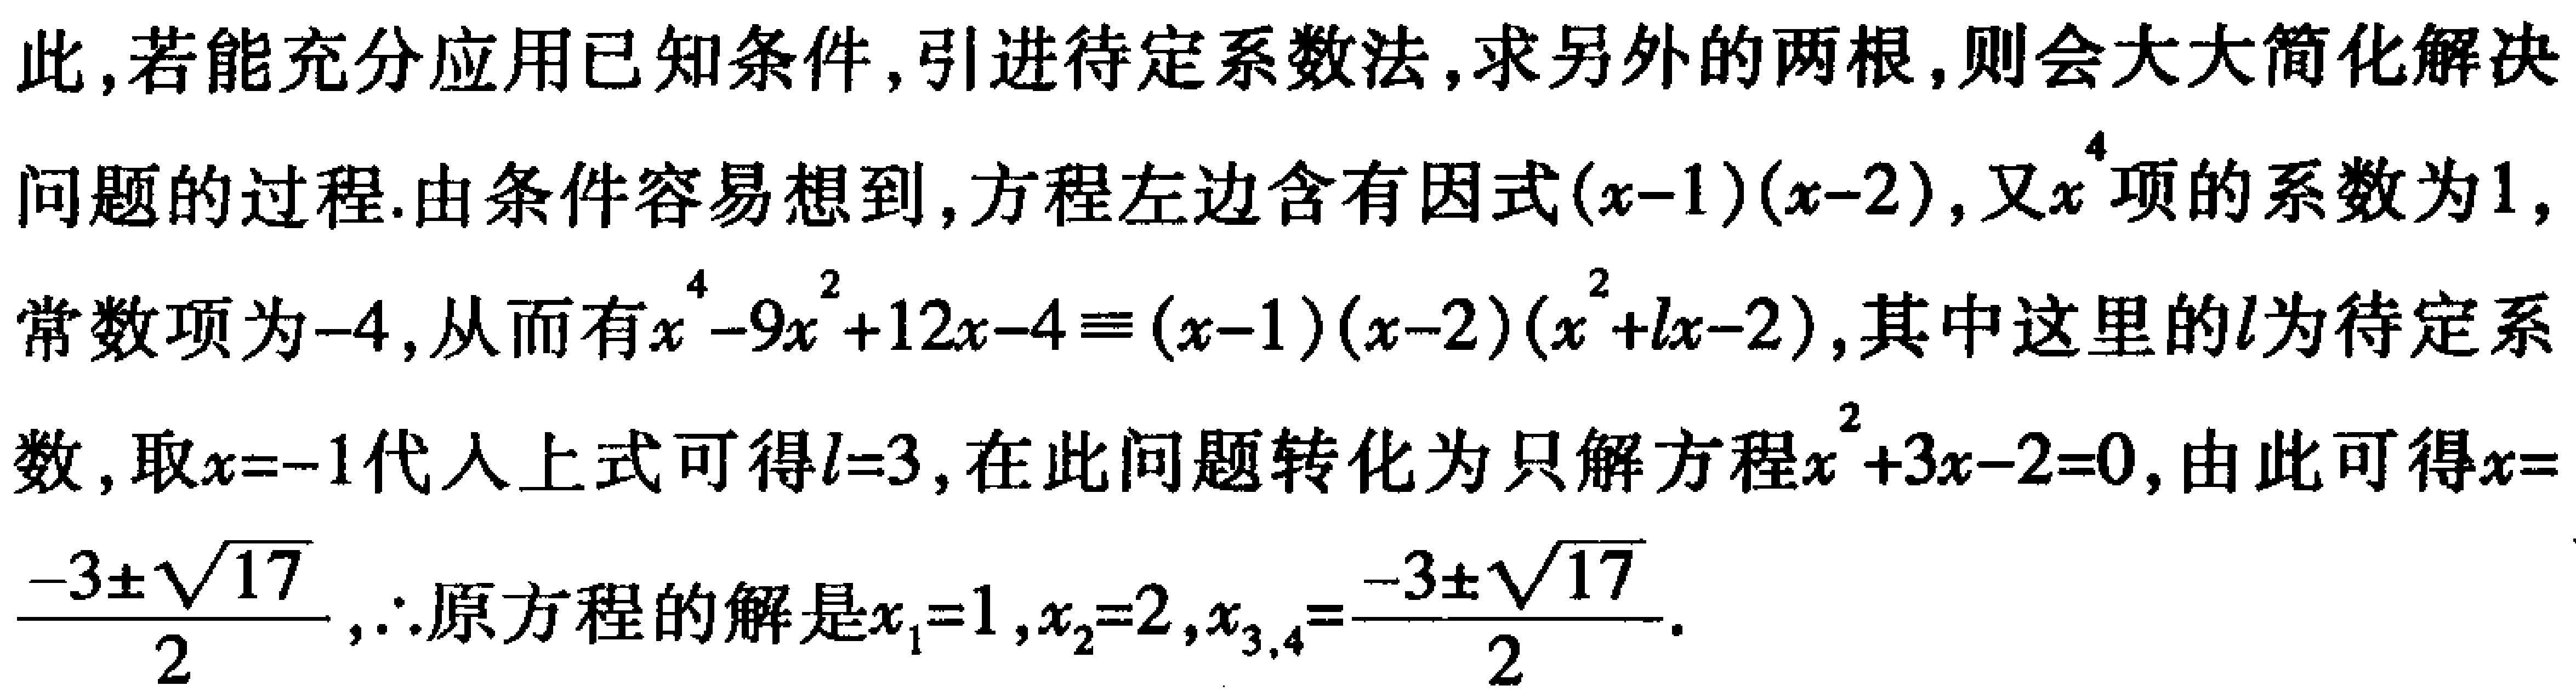
此,若能充分应用已知条件,引进待定系数法,求另外的两根,则会大大简化解决
问题的过程.由条件容易想到,方程左边含有因式\((x - 1)(x - 2)\),又\(x^{4}\)项的系数为\(1\),
常数项为\(-4\),从而有\(x^{4}-9x^{2}+12x - 4\equiv(x - 1)(x - 2)(x^{2}+lx - 2)\),其中这里的\(l\)为待定系
数,取\(x = - 1\)代入上式可得\(l = 3\),在此问题转化为只解方程\(x^{2}+3x - 2 = 0\),由此可得\(x = \frac{-3\pm\sqrt{17}}{2}\),\(\therefore\)原方程的解是\(x_{1}=1,x_{2}=2,x_{3,4}=\frac{-3\pm\sqrt{17}}{2}\).